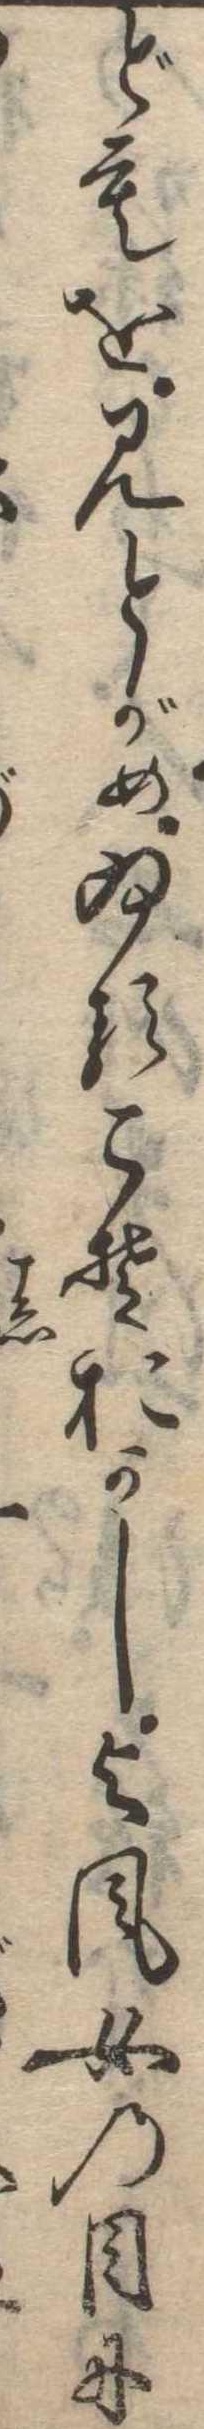
どもを見とがめゐるこそおかし与風女の目に